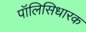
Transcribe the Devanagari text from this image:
पॉलिसिधारक